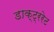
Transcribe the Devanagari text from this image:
डाक्ट्ररेट